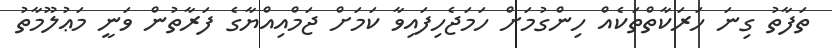
ތަފާތު ގިނަ ހަރަކާތްތަކެއް ހިންގުމަށް ހަމަޖެހިފައިވާ ކަމަށް ޖަމްއިއްޔާގެ ފަރާތުން ވަނީ މަޢުލޫމާތު